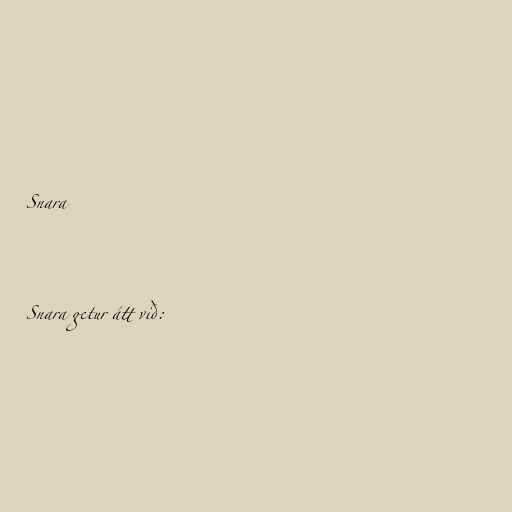
Snara

Snara getur átt við: